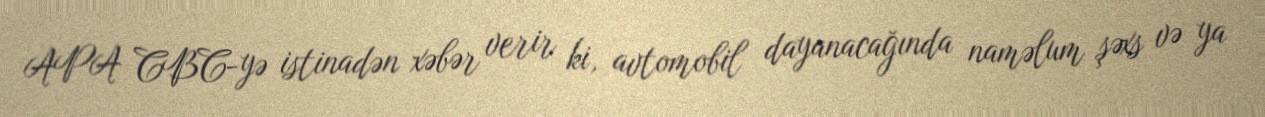
APA CBC-yə istinadən xəbər verir ki, avtomobil dayanacağında naməlum şəxs və ya